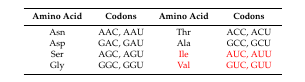
<table><thead><tr><td><b>Amino Acid</b></td><td><b>Codons</b></td><td><b>Amino Acid</b></td><td><b>Codons</b></td></tr></thead><tbody><tr><td>Asn</td><td>AAC, AAU</td><td>Thr</td><td>ACC, ACU</td></tr><tr><td>Asp</td><td>GAC, GAU</td><td>Ala</td><td>GCC, GCU</td></tr><tr><td>Ser</td><td>AGC, AGU</td><td>Ile</td><td>AUC, AUU</td></tr><tr><td>Gly</td><td>GGC, GGU</td><td>Val</td><td>GUC, GUU</td></tr></tbody></table>